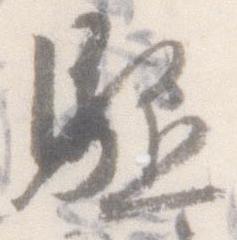
駈